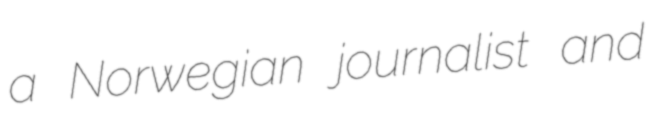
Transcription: a Norwegian journalist and